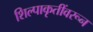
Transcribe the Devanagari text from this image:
शिल्पाकृतींवरून